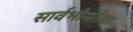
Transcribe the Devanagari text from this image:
सार्वभौमतेचा